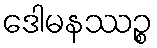
ဒေါမနဿဉ္စ